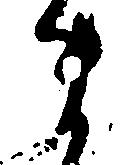
ま